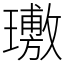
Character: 璷